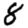
Digit: 8